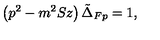
\left( p ^ { 2 } - m ^ { 2 } S z \right) \tilde { \Delta } _ { F p } = 1 ,